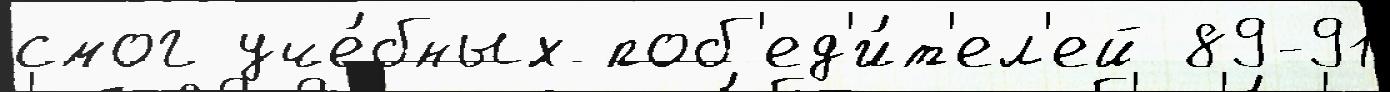
смог уче́бных поб'ед'и́т'ел'ей 89-91